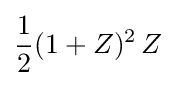
{\frac {1}{2}}(1+Z)^{2}\,Z